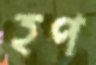
হপ